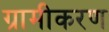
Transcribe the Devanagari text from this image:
ग्रामीकरण